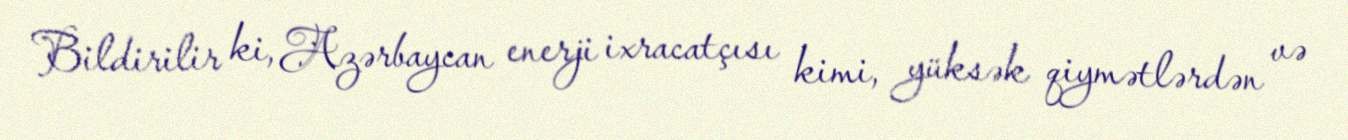
Bildirilir ki, Azərbaycan enerji ixracatçısı kimi, yüksək qiymətlərdən və